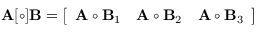
\mathbf { A } [ \circ ] \mathbf { B } = \left[ { \begin{array} { c c c } { \mathbf { A } \circ \mathbf { B } _ { 1 } } & { \mathbf { A } \circ \mathbf { B } _ { 2 } } & { \mathbf { A } \circ \mathbf { B } _ { 3 } } \end{array} } \right]